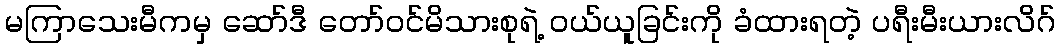
မကြာသေးမီကမှ ဆော်ဒီ တော်ဝင်မိသားစုရဲ့ ဝယ်ယူခြင်းကို ခံထားရတဲ့ ပရီးမီးယားလိဂ်